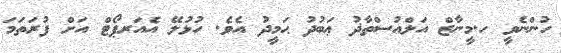
ހުންނެވީ ހ.މީނާޒް އަލްއުސްތާޛު ޢަބުދު ޙަމީދު އެވެ. ހުޅުލޭ އެއަރޕޯޓް އަށް ފުރަތަމަ